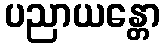
ပညာယန္တော